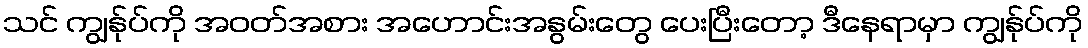
သင် ကျွန်ုပ်ကို အဝတ်အစား အဟောင်းအနွမ်းတွေ ပေးပြီးတော့ ဒီနေရာမှာ ကျွန်ုပ်ကို